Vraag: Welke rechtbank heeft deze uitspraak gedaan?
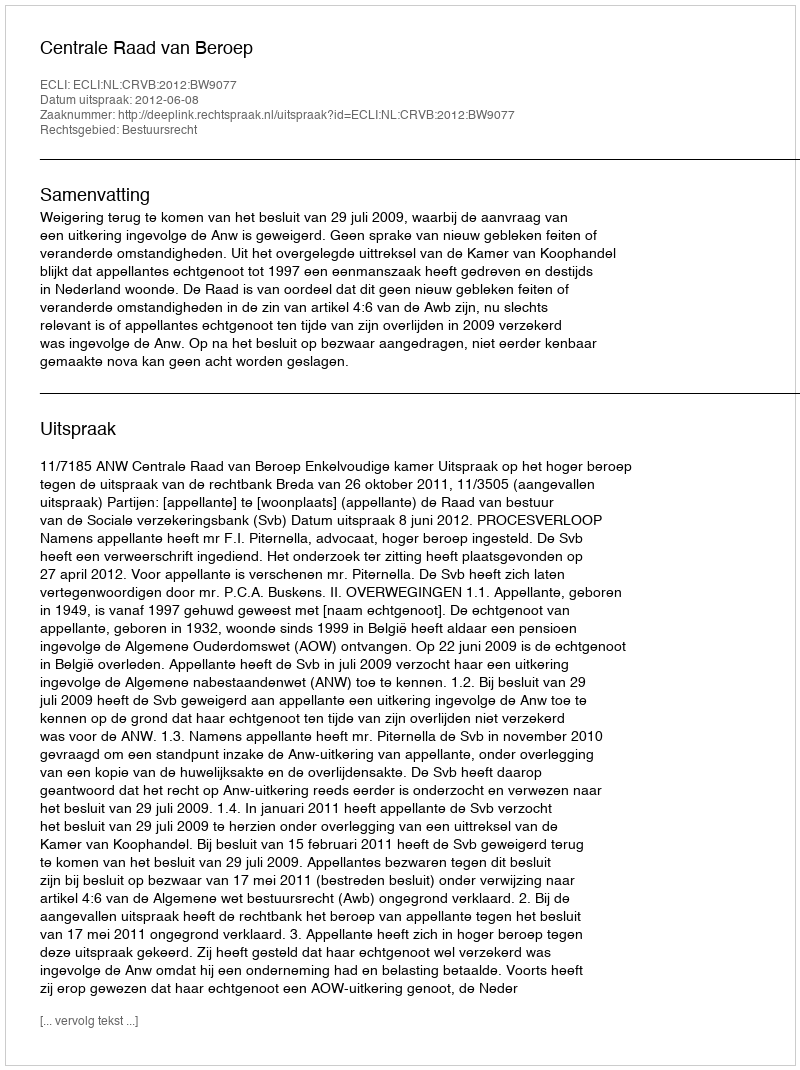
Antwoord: Centrale Raad van Beroep